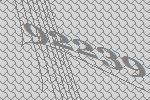
92239